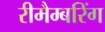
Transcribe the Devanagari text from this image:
रीमैम्बरिंग